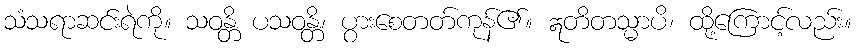
သံသရာဆင်းရဲကို။ သဝန္တိ ပသဝန္တိ၊ ပွားစေတတ်ကုန်၏။ ဣတိတသ္မာပိ၊ ထို့ကြောင့်လည်း။